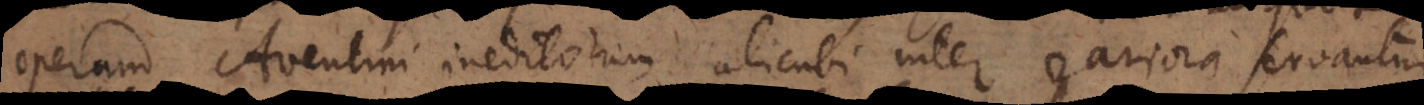
operum Aventini ineditorum alicubi inter rariora servantur.